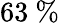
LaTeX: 63\ \%